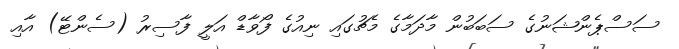
ސަސްޕެންޝަނުގެ ސަބަބުން މާދަމާގެ މެޗުގައި ނިއުގެ ފޯވާޑް އަލީ ފާސިރު (ސެންޓޭ) އާއި